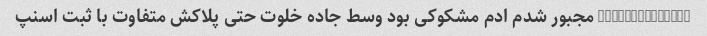
@hs_alizadeh76 مجبور شدم ادم مشکوکی بود وسط جاده خلوت حتی پلاکش متفاوت با ثبت اسنپ